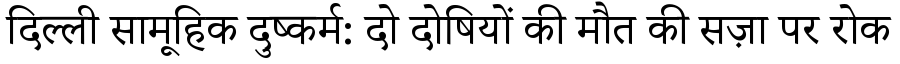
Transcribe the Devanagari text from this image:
दिल्ली सामूहिक दुष्कर्म: दो दोषियों की मौत की सज़ा पर रोक